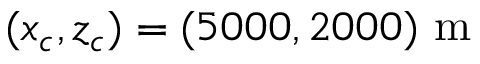
( x _ { c } , z _ { c } ) = ( 5 0 0 0 , 2 0 0 0 ) ~ \mathrm { m }